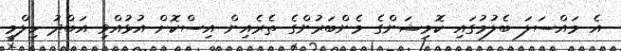
އެ މައްސަލަ ބެލުމުގައި ކޮމިޝަންގެ މެންބަރުންގެ ތެރެއިން އިސްކޮށް އުޅުއްވި އަބްދު ހިލްމީ